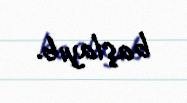
başlayıb.